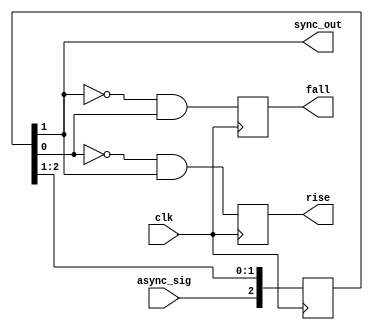
module sync_edge_detect (
                          input async_sig,
                          output sync_out,
                          
                          input clk,
                          
                          output reg rise,
                          output reg fall
                        );

  reg [1:3] resync;

  always @(posedge clk)
  begin
    // detect rising and falling edges.
    rise <= ~resync[3] & resync[2];
    fall <= ~resync[2] & resync[3];
    // update history shifter.
    resync <= {async_sig , resync[1:2]};
  end
  
  assign sync_out = resync[2];

endmodule